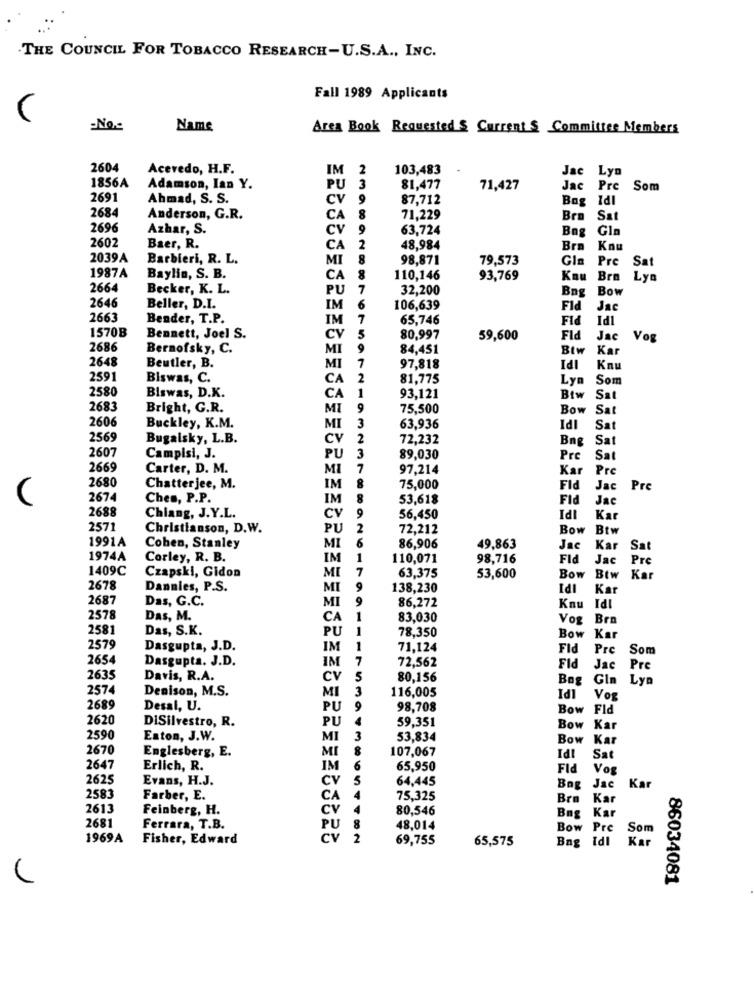
THE COUNCIL FOR TOBACCO RESEARCH-U.S.A ., INC.
Fall 1989 Applicants
C
-No.
Name
Area Book Requested S Current $ Committee Members
2604
Acevedo, H.F.
IM 2
103,483
Jac Lyn
1856A
Adamson, Ian Y.
PU
3
81,477
71,427
Jac Pre
Som
2691
Ahmad, S. S.
CV 9
87,712
Bag Idl
2684
Anderson, G.R.
CA 8
71,229
Bra
Sat
2696
Azhar, S.
CV
9
63,724
Bng
Gln
2602
Baer, R.
CA
2
48,984
Bra
Knu
2039 A
Barbieri, R. L.
MI
8
98,871
79,573
Pre
Gla
Sat
1987A
Baylin, S. B.
CA
110,146
93,769
Kau Brn
Lyn
2664
Becker, K. L.
PU
7
32,200
Bng
Bow
2646
Beller, D.I.
IM
6
106,639
Fid
Jac
2663
Bender, T.P.
IM
7
65,746
Fid
Id1
1570B
Bennett, Joel S.
CV
5
80,997
59,600
Fid
Jac
Vog
2686
Bernofsky, C.
MI
9
84,451
Btw
IPI
Ka
2648
Beutler, B.
MI
7
97,818
Knu
2591
Biswas, C.
CA
2
81,775
Lyn
Som
2580
Biswas, D.K.
CA
1
93,121
Btw
Sat
2683
Bright, G.R.
MI
9
75,500
Bow
Sat
2606
Buckley, K.M.
MI
3
63,936
Idl
Sat
2569
Bugalsky, L.B.
CV
2
72,232
Bng
Sat
2607
Campisi, J.
PU
3
89,030
Pre
Sat
2669
Carter, D. M.
MI
7
97,214
Kar
Pre
2680
8
Chatter jee, M.
IM
75,000
Fid
Jac
Pre
2674
Chen, P.P.
IM
8
53,618
Fid
IPI
Jac
2688
CV
Chiang, J.Y.L.
9
56,450
Ka
2571
Christianson, D.W.
PU
2
72,212
Bow
Btw
1991A
MI
6
Cohen, Stanley
86,906
49,863
Jac
Kar
Sa
1974A
Corley, R. B.
IM
1
110,071
98,716
Fld
Jac
Pre
1409C
MI
7
Czapski, Gidon
63,375
53,600
Bow
Btw
Kar
2678
Dannies, P.S.
MI
9
138,230
Idl
Kar
2687
Das, G.C.
MI
9
86,272
Knu
Idl
2578
Das, M.
CA
1
83,030
Vog Bro
2581
Das, S.K.
PU
1
78,350
Bow
Kar
2579
Dasgupta, J.D.
IM
1
71,124
Fid
Pro
Som
2654
Dasgupta. J.D.
IM
7
72,562
Fid
Jac
Pre
2635
Davis, R.A.
CV
5
80,156
Bog
Gin
Lyn
2574
Denison, M.S.
MI
3
116,005
Id1
Vog
2689
Desal, U.
PU
9
98,708
Bow Fld
2620
DiSilvestro, R.
PU
59,351
Bow Kar
2590
Eaton, J.W.
MI
3
53,834
Bow Kar
2670
Englesberg, E.
MI
8
107,067
Idl
Sat
2647
Erlich, R.
IM
6
65,950
Fld
Vog
2625
Evans, H.J.
CV
5
64,445
CY
Bag
Jac
Kar
2583
Farber, E.
CA 4
75,325
Bra
Ka
2613
Feinberg, H.
CV
80,546
Kar
Bng
2681
Ferrara, T.B.
PU
48,014
Bow Pre
Som
1969A
Fisher, Edward
CV
2
69,755
65,575
Bag Idl Kar
86034081